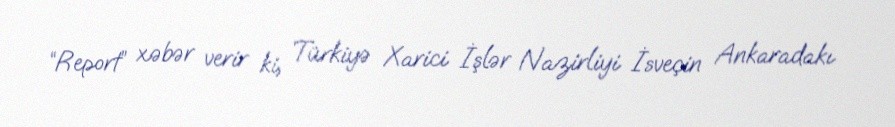
“Report” xəbər verir ki, Türkiyə Xarici İşlər Nazirliyi İsveçin Ankaradakı